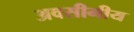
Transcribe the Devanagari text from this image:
अवसीमीय